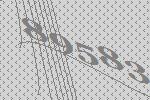
89583